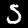
Label: 5